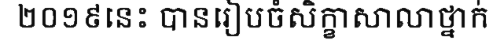
២០១៩នេះ បានរៀបចំសិក្ខាសាលាថ្នាក់